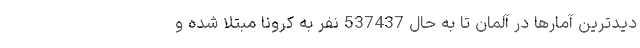
دیدترین آمارها در آلمان تا به حال 537437 نفر به کرونا مبتلا شده و